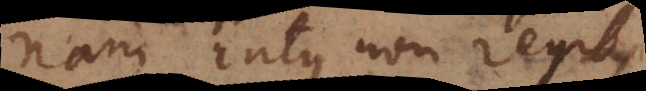
nam intus non regit;